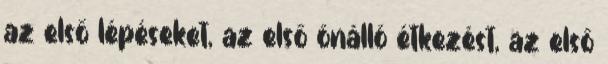
az első lépéseket, az első önálló étkezést, az első